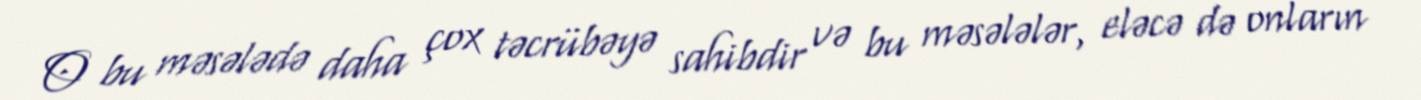
O bu məsələdə daha çox təcrübəyə sahibdir və bu məsələlər, eləcə də onların